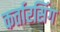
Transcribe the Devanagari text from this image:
कर्तारसिंग